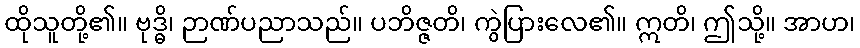
ထိုသူတို့၏။ ဗုဒ္ဓိ၊ ဉာဏ်ပညာသည်။ ပဘိဇ္ဇတိ၊ ကွဲပြားလေ၏။ ဣတိ၊ ဤသို့။ အာဟ၊